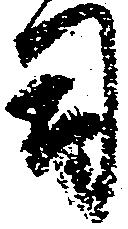
司